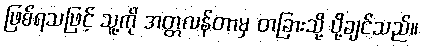
ဖြစ်ရသဖြင့် သူ့ကို အတ္တလန်တာမှ တခြားသို့ ပို့ချင်သည်။